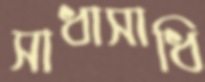
সাধাসাধি